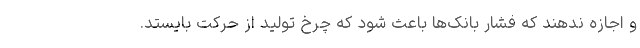
و اجازه ندهند که فشار بانک‌ها باعث شود که چرخ تولید از حرکت بایستد.